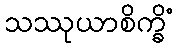
သဿုယာစိက္ခိံ